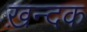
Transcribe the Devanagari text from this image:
ख़न्दक